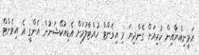
އަމީނިއްޔާއިން ކުރިއަށް ގެންދިޔަ މި އިވެންޓް ހުއްޓާލުމަށް އެޑިއުކޭޝަނުން އެންގީ އެ އިވެންޓް